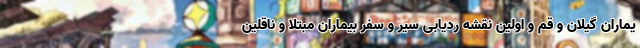
یماران گیلان و قم و اولین نقشه ردیابی سیر و سفر بیماران مبتلا و ناقلین